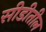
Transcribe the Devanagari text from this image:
सीडीतील